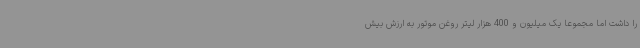
را داشت اما مجموعا یک میلیون و 400 هزار لیتر روغن موتور به ارزش بیش